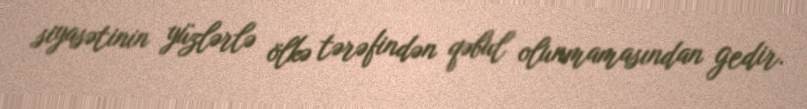
siyasətinin yüzlərlə ölkə tərəfindən qəbul olunmamasından gedir.